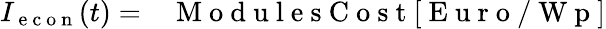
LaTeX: \begin{array}{rl}{I_{\mathrm{~e~c~o~n~}}(t)=}&{{}\mathrm{~M~o~d~u~l~e~s~C~o~s~t~}[\mathrm{~E~u~r~o~/~W~p~}]}\end{array}